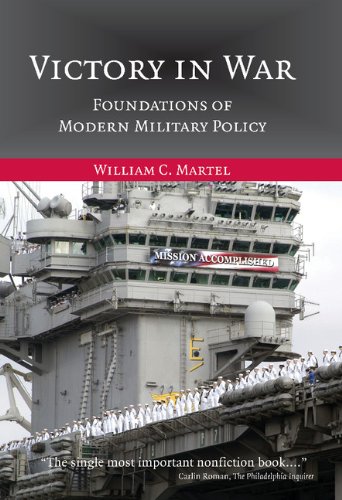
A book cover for Victory in War: Foundations of Modern Military Policy; William C. Martel; Law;